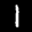
Label: 1